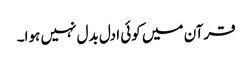
قرآن میں کوئی ادل بدل نہیں ہوا۔